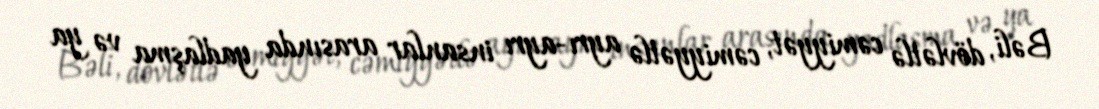
Bəli, dövlətlə cəmiyyət, cəmiyyətlə ayrı-ayrı insanlar arasında yadlaşma və ya